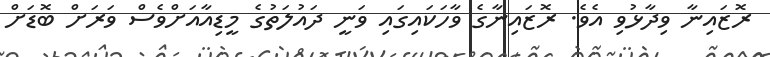
ރޮޒައިނާ ވިދާޅުވި އެވެ. ރޮޒައިނާގެ ވާހަކައިގައި ވަނީ ދައުލަތުގެ މީޑިއާއަށްވެސް ވަރަށް ބޮޑަށް